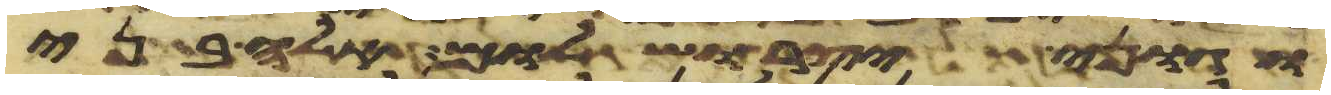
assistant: וגוני יצר ושלום אלה בני